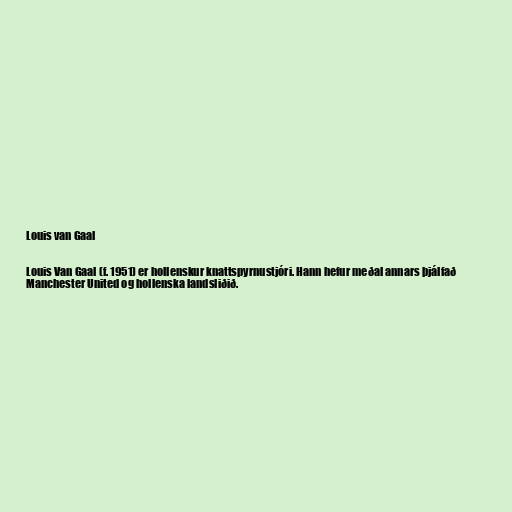
Louis van Gaal

Louis Van Gaal (f. 1951) er hollenskur knattspyrnustjóri. Hann hefur meðal annars þjálfað
Manchester United og hollenska landsliðið.